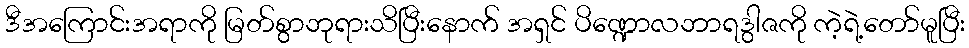
ဒီအကြောင်းအရာကို မြတ်စွာဘုရားသိပြီးနောက် အရှင် ပိဏ္ဍောလဘာရဒွါဇကို ကဲ့ရဲ့တော်မူပြီး